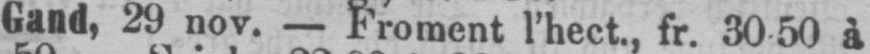
Gand, 29 nov. - Froment l’hect., fr. 30-50 à